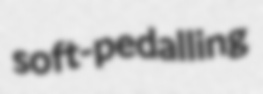
soft-pedalling